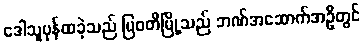
ဒေါသူပုန်ထခဲ့သည် မြဝတီမြို့သည် ဘဏ်အဆောက်အဦတွင်